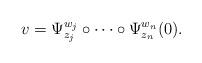
LaTeX: \begin{align*}v=\Psi^{w_j}_{z_j}\circ\cdots\circ\Psi^{w_n}_{z_n}(0).\end{align*}